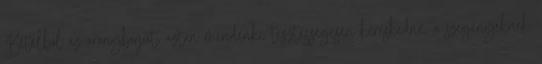
Bételből az aranyborjút, aztán mindenki tisztességesen kereskedne, a szegényeknek